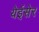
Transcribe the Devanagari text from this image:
येईसेर